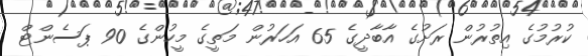
ކުރުމުގެ އިތުރުން ރަށުގެ އާބާދީގެ 65 އަހަރުން މަތީގެ މީހުންގެ 90 ޕަސެންޓް